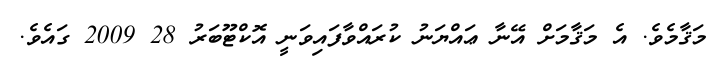
މަޤާމެވެ. އެ މަޤާމަށް އޭނާ ޢައްޔަނު ކުރައްވާފައިވަނީ އޮކްޓޫބަރު 28 2009 ގައެވެ.